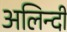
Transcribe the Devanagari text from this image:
अलिन्दी